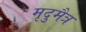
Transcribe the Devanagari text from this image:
मृदुमैत्र